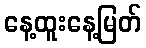
နေ့ထူးနေ့မြတ်